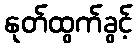
နုတ်ထွက်ခွင့်